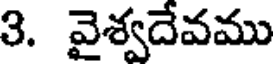
3. వైశ్వదేవము